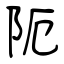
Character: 阨